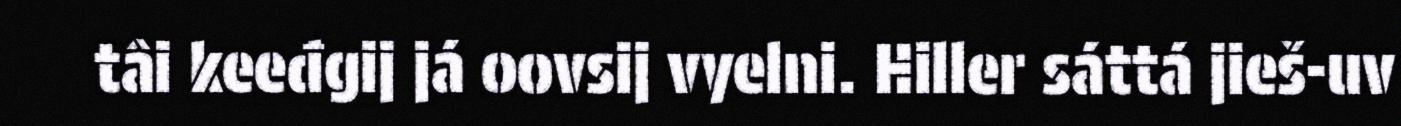
tâi keeđgij já oovsij vyelni. Hiller sáttá jieš-uv